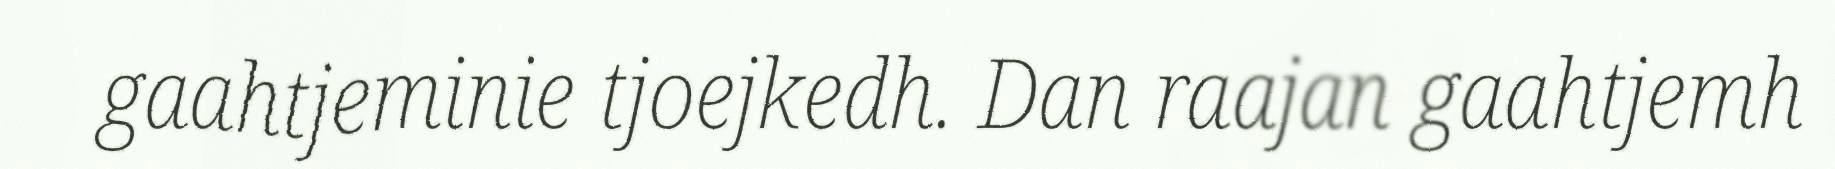
gaahtjeminie tjoejkedh. Dan raajan gaahtjemh